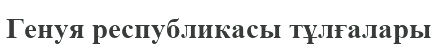
Генуя республикасы тұлғалары